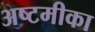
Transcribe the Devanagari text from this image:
अष्टमीका